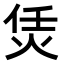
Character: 𤇲